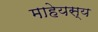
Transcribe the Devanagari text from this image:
माहेयस्य